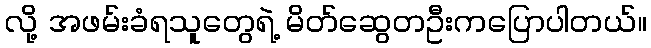
လို့ အဖမ်းခံရသူတွေရဲ့ မိတ်ဆွေတဦးကပြောပါတယ်။